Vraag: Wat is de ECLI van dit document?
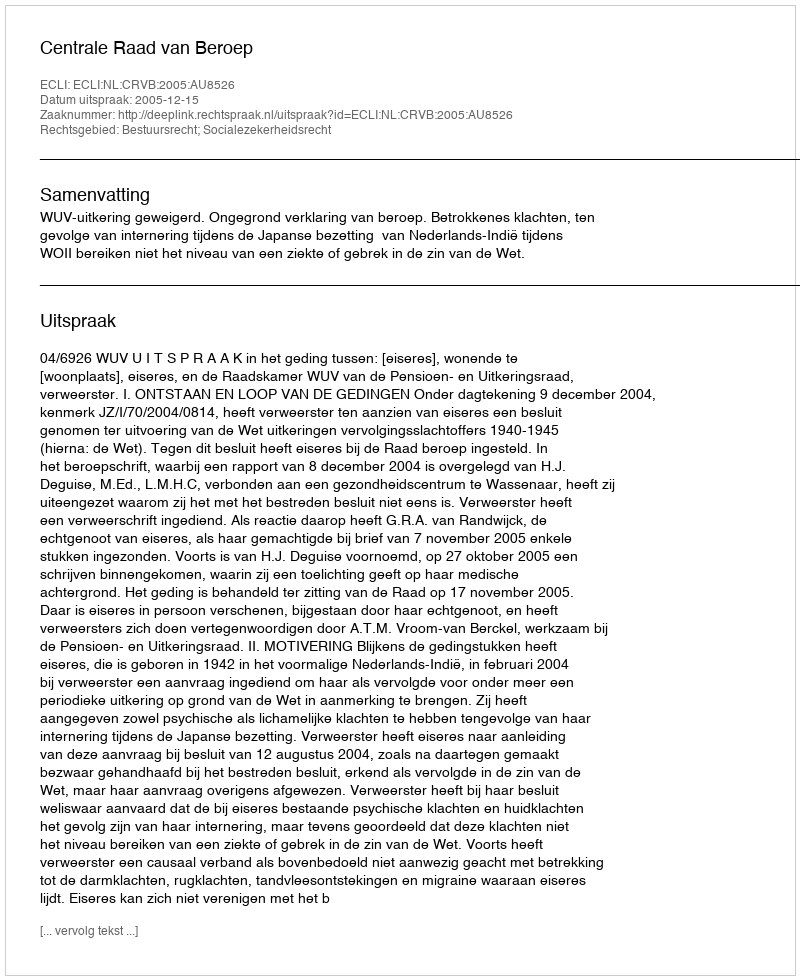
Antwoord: ECLI:NL:CRVB:2005:AU8526